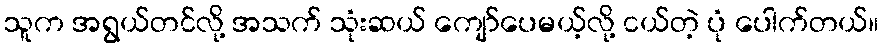
သူက အရွယ်တင်လို့ အသက် သုံးဆယ် ကျော်ပေမယ့်လို့ ငယ်တဲ့ ပုံ ပေါက်တယ်။